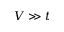
V \gg t